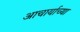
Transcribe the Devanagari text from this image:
आचार्याच्या